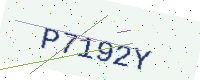
Text: P7192Y